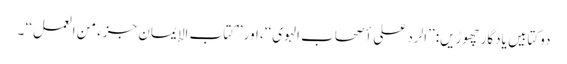
دوکتابیں یادگار چھوڑیں: ’’الرد علی أصحاب الہوی‘‘، اور ’’کتاب الإیمان جزء من العمل‘‘ ۔